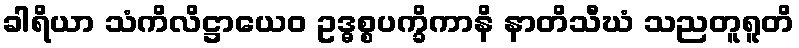
ခါရိယာ သံကိလိဋ္ဌာယေဝ ဥဒ္ဓစ္စပက္ခိကာနိ နာတိသီဃံ သညတူရူတိ